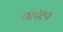
વાયવ